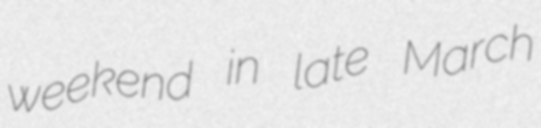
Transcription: weekend in late March